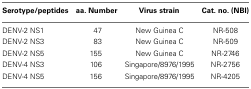
<table><thead><tr><td><b>Serotype/peptides</b></td><td><b>aa. Number</b></td><td><b>Virus strain</b></td><td><b>Cat. no. (NBI)</b></td></tr></thead><tbody><tr><td>DENV-2 NS1</td><td>47</td><td>New Guinea C</td><td>NR-508</td></tr><tr><td>DENV-2 NS3</td><td>83</td><td>New Guinea C</td><td>NR-509</td></tr><tr><td>DENV-2 NS5</td><td>155</td><td>New Guinea C</td><td>NR-2746</td></tr><tr><td>DENV-4 NS3</td><td>106</td><td>Singapore/8976/1995</td><td>NR-2756</td></tr><tr><td>DENV-4 NS5</td><td>156</td><td>Singapore/8976/1995</td><td>NR-4205</td></tr></tbody></table>